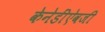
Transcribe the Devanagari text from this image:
केनेडींऐवजी